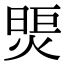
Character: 煚